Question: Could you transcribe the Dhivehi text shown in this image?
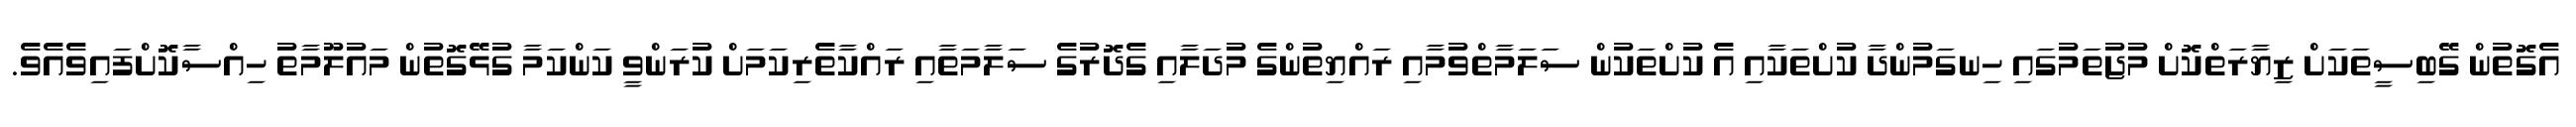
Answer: އެގޮތުން ގޭބިސީތަކަށް ޒިޔާރަތްކޮށް މުޖުތަމުގައި ހިނގަމުންދާ ކުށްތަކާއި އެ ކުށްތަކުން ސަލަމާތްވުމާއި ރައްޔިތުންގެ މުދަލާއި ގެދޮރުގެ ސަލާމަތާއި ރައްކާތެރިކަމަށް ކުރަންވީ ކަންކަމާ ގުޅޭގޮތުން މައުލޫމާތު ހިއްސާކޮށްފައިވެއެވެ.